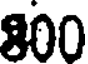
800